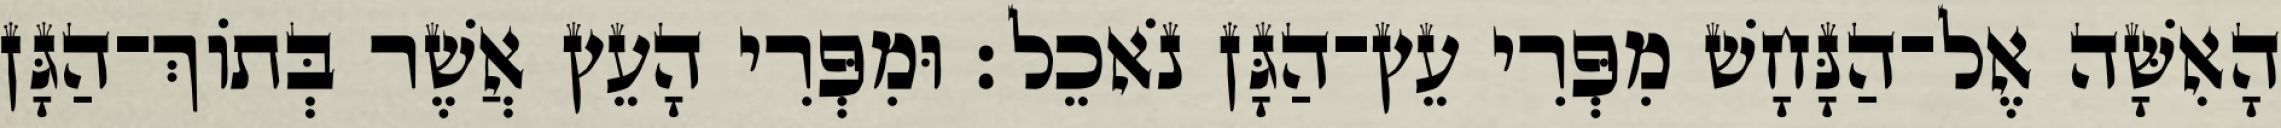
הָאִשָּׁה אֶל־הַנָּחָשׁ מִפְּרִי עֵץ־הַגָּן נֹאכֵל׃ וּמִפְּרִי הָעֵץ אֲשֶׁר בְּתֹוךְ־הַגָּן